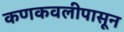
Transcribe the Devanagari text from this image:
कणकवलीपासून